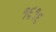
૧૬૧૬